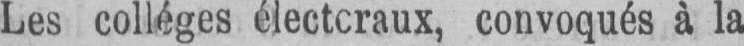
Les collèges électoraux, convoqués à la